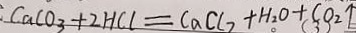
C a C O _ { 3 } + 2 H C l = C a C O _ { 3 } + H _ { 2 } O + C O _ { 2 } \uparrow